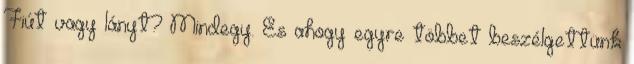
Fiút vagy lányt? Mindegy. És ahogy egyre többet beszélgettünk